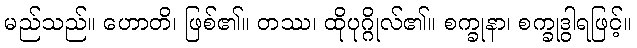
မည်သည်။ ဟောတိ၊ ဖြစ်၏။ တဿ၊ ထိုပုဂ္ဂိုလ်၏။ စက္ခုနာ၊ စက္ခုဒွါရဖြင့်။